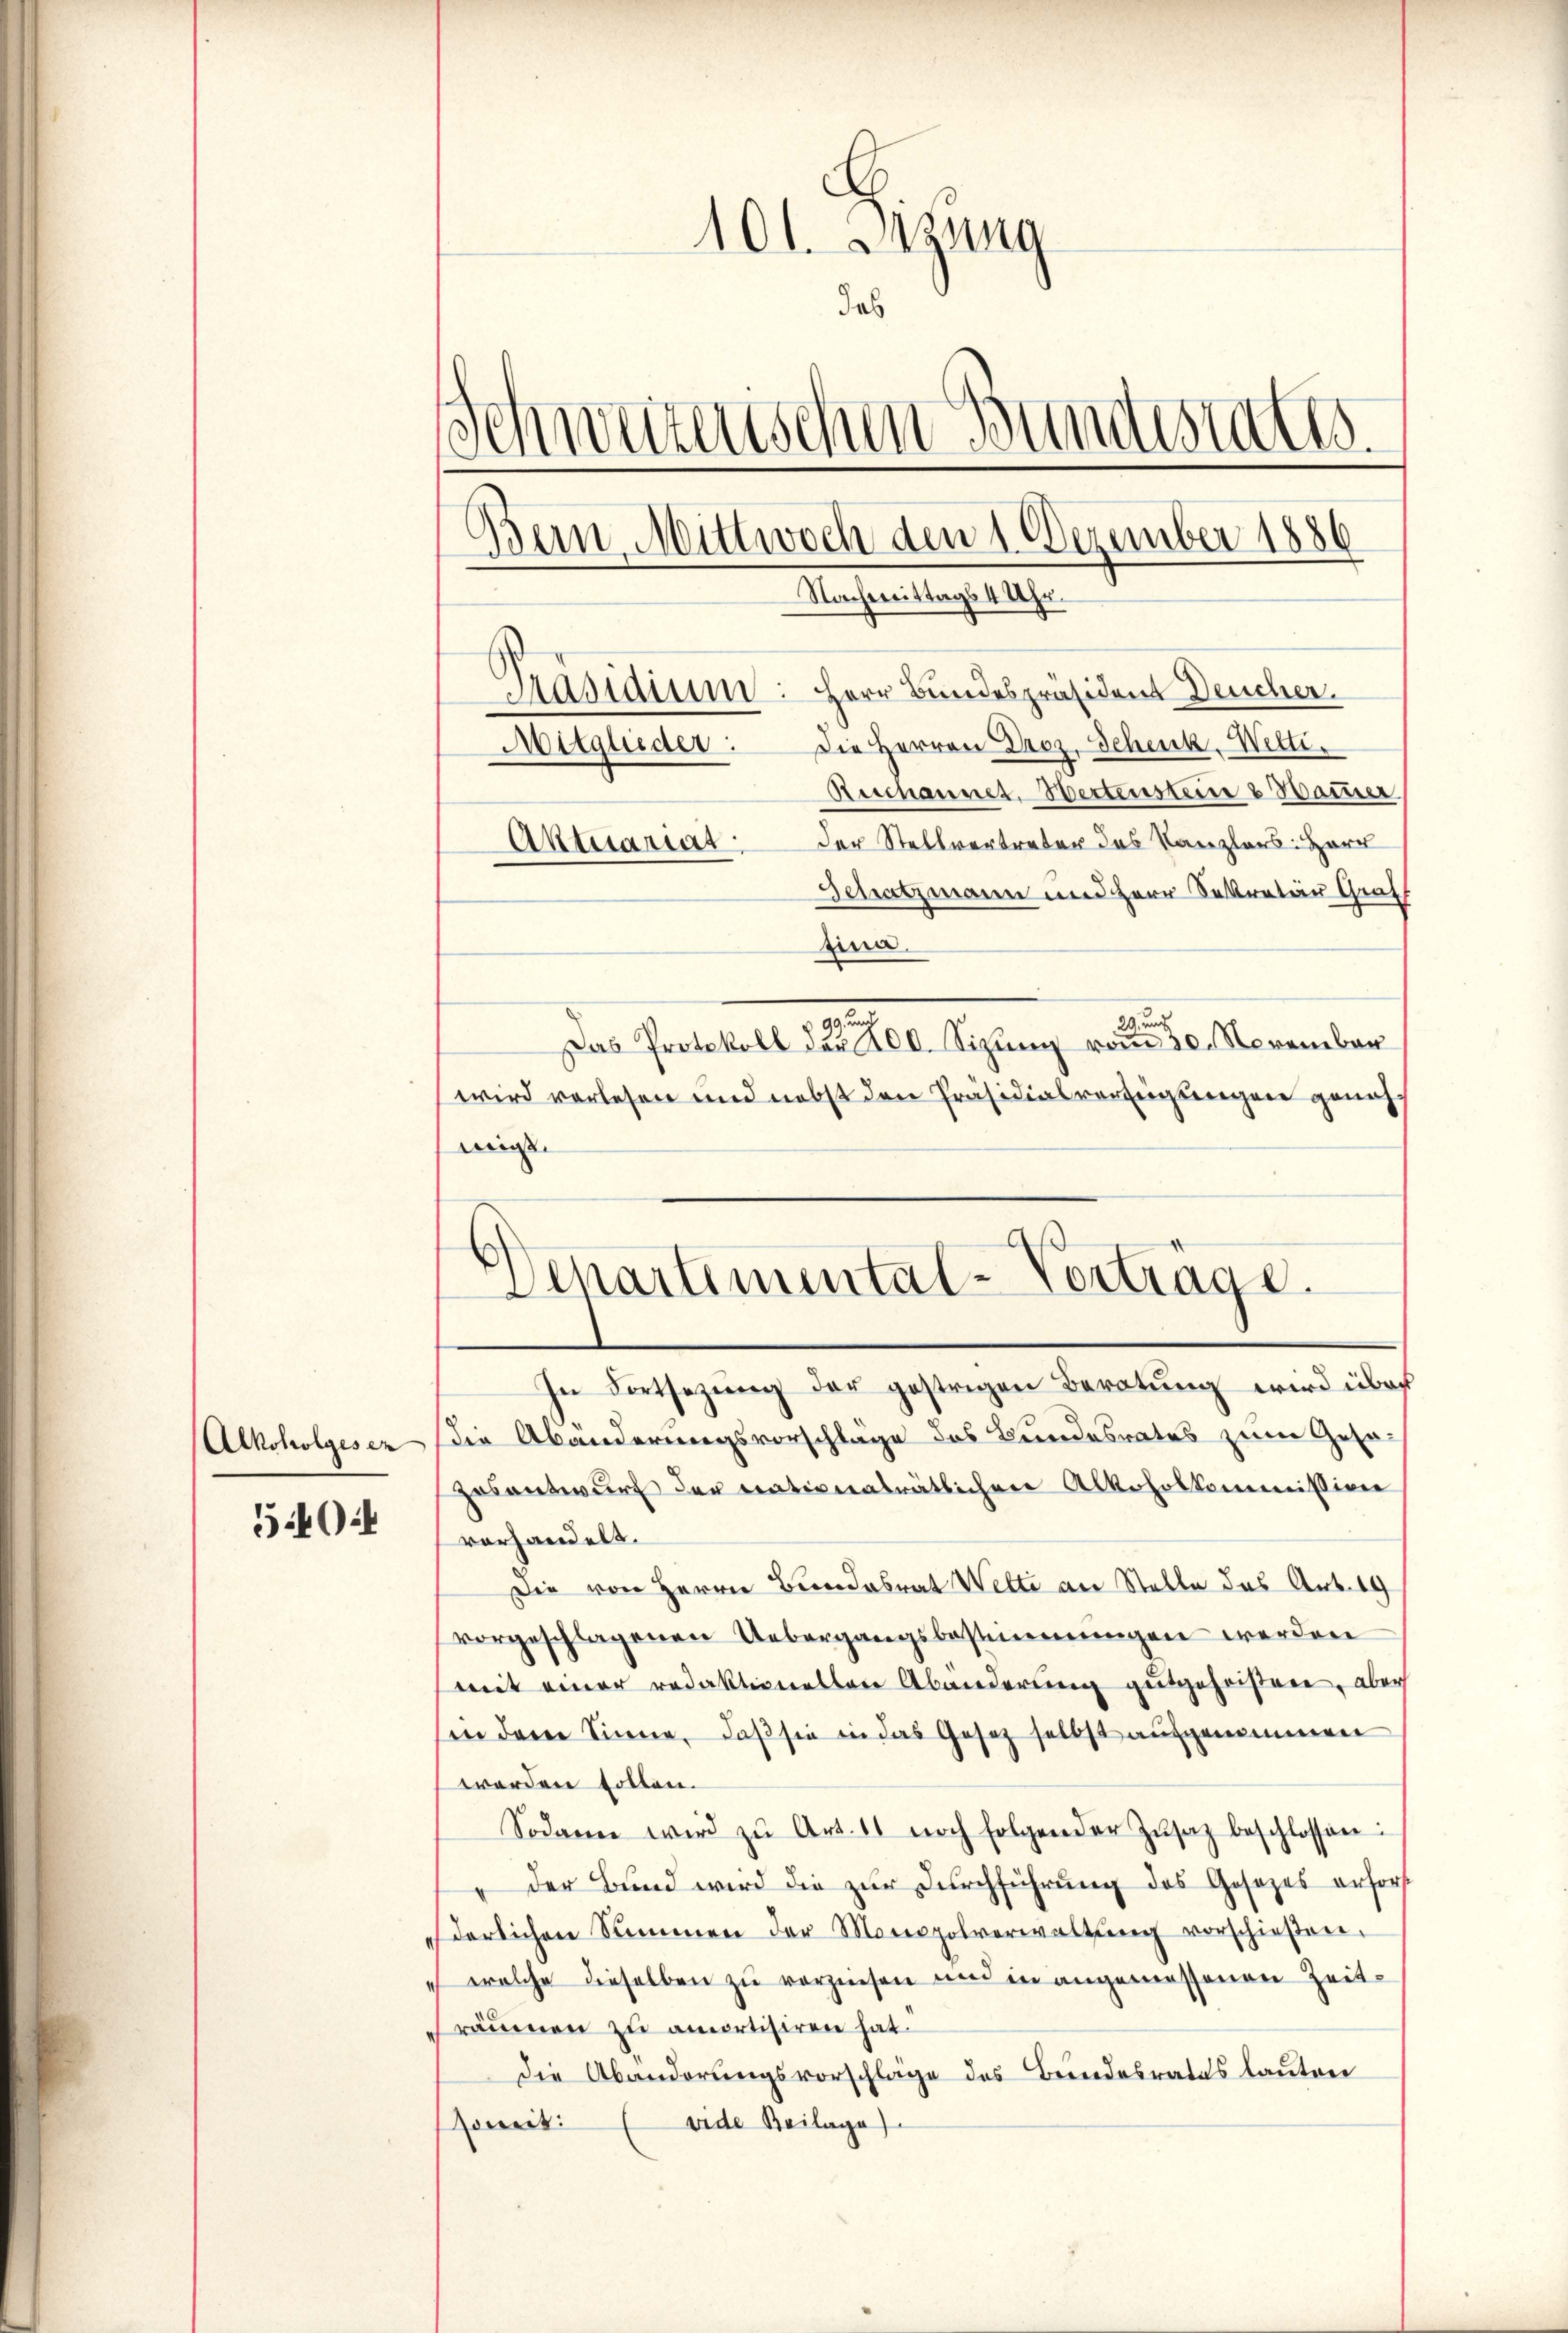
Alkoholgesez

5404

101. Dezung
Jas
c
weizerischen Bundestates.
dein Mittwoch den 1. Dezember 1886
Nachmittags 4 Uhr.
Präsidium: Herr Bundespräsident Deucher.
Mitglieder: Die Herren Droz. Schenk- Wetti,
Reschannet. Wertensten & Hammer
Aktetariat der Stellvertreter das Kanzlers: Herr
Betratzmann und Herr Sekretär Graf

nna.
29 und
.
Das Protokoll das 100. Sizung vom 30. November
wird vorlesen und nebst den Präsidialverfügungen genehmig
In Fortsezung der gestrigen Beratung wird übri
die Abänderungsvorschlage des Bundesrates zum Gesa
zosentwurf der nationalrätlichen Alkoholkommission
vorhandelt.
Die von Herrn Bundesrat Wette an Stelle das Art. 19
vorgeschlagenen Uebergangsbestimmungen werden
mit einer redaktionellen Abänderung gutgeheißene, aber
sin dem Sinne, daß sie in das Gesetz selbst aufgenommen
worden sollen.
Sodann wird zŭ Art. 11 noch folgender Zŭsaz beschlossen:
" der Bund wird die zur Durchführung des Gesetzes erforst
derlichen Summen der Monopolverwaltŭng vorschieβen.
wolche dieselben zu verzinsen und in angemessenen Zeiträumen zu amortisiren hat.
die Abänderungsvorschläge des Bundesrates lauten
Joweit (vide Beilage)

¬
Chartimental-Vortrage.